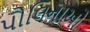
પૌલિનાઓ